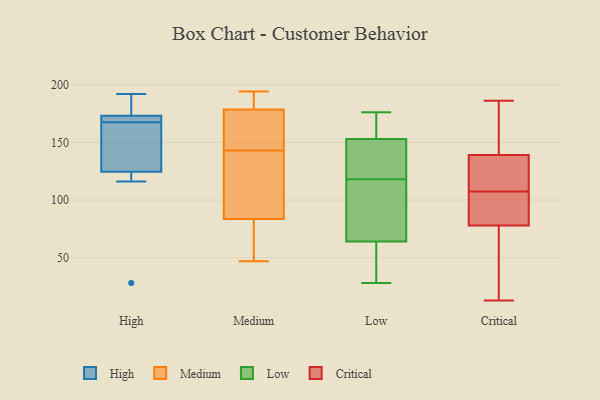
{"axis": {"x": "LTV (USD)", "y": "Value"}, "legend": ["Critical", "High", "Low", "Medium"], "data": [{"x": "", "y": 184, "type": "High"}, {"x": "", "y": 172, "type": "High"}, {"x": "", "y": 28, "type": "High"}, {"x": "", "y": 163, "type": "High"}, {"x": "", "y": 116, "type": "High"}, {"x": "", "y": 164, "type": "High"}, {"x": "", "y": 192, "type": "High"}, {"x": "", "y": 173, "type": "High"}, {"x": "", "y": 171, "type": "High"}, {"x": "", "y": 173, "type": "High"}, {"x": "", "y": 116, "type": "High"}, {"x": "", "y": 133, "type": "High"}, {"x": "", "y": 82, "type": "Medium"}, {"x": "", "y": 179, "type": "Medium"}, {"x": "", "y": 145, "type": "Medium"}, {"x": "", "y": 194, "type": "Medium"}, {"x": "", "y": 177, "type": "Medium"}, {"x": "", "y": 185, "type": "Medium"}, {"x": "", "y": 92, "type": "Medium"}, {"x": "", "y": 68, "type": "Medium"}, {"x": "", "y": 104, "type": "Medium"}, {"x": "", "y": 88, "type": "Medium"}, {"x": "", "y": 70, "type": "Medium"}, {"x": "", "y": 47, "type": "Medium"}, {"x": "", "y": 179, "type": "Medium"}, {"x": "", "y": 176, "type": "Medium"}, {"x": "", "y": 143, "type": "Medium"}, {"x": "", "y": 176, "type": "Low"}, {"x": "", "y": 154, "type": "Low"}, {"x": "", "y": 147, "type": "Low"}, {"x": "", "y": 84, "type": "Low"}, {"x": "", "y": 113, "type": "Low"}, {"x": "", "y": 123, "type": "Low"}, {"x": "", "y": 36, "type": "Low"}, {"x": "", "y": 64, "type": "Low"}, {"x": "", "y": 28, "type": "Low"}, {"x": "", "y": 153, "type": "Low"}, {"x": "", "y": 32, "type": "Critical"}, {"x": "", "y": 70, "type": "Critical"}, {"x": "", "y": 91, "type": "Critical"}, {"x": "", "y": 178, "type": "Critical"}, {"x": "", "y": 54, "type": "Critical"}, {"x": "", "y": 97, "type": "Critical"}, {"x": "", "y": 161, "type": "Critical"}, {"x": "", "y": 13, "type": "Critical"}, {"x": "", "y": 186, "type": "Critical"}, {"x": "", "y": 117, "type": "Critical"}, {"x": "", "y": 103, "type": "Critical"}, {"x": "", "y": 142, "type": "Critical"}, {"x": "", "y": 122, "type": "Critical"}, {"x": "", "y": 121, "type": "Critical"}, {"x": "", "y": 112, "type": "Critical"}, {"x": "", "y": 139, "type": "Critical"}, {"x": "", "y": 78, "type": "Critical"}, {"x": "", "y": 85, "type": "Critical"}]}